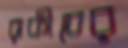
রাকীবের